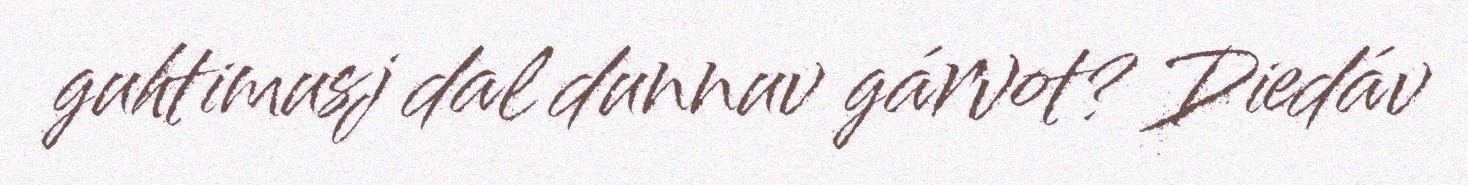
guhtimusj dal dunnuv gárvot? Diedáv